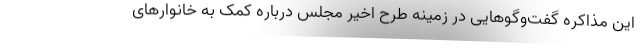
این مذاکره گفت‌و‌گوهایی در زمینه طرح اخیر مجلس درباره کمک به خانوارهای